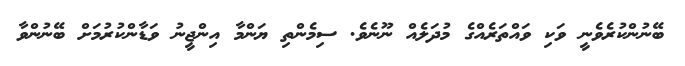
ބޭނުންކުރެވެނީ ވަކި ވައްތަރެއްގެ މުދަލެއް ނޫނެވެ. ސިމެންތި ޔަންމާ އިންޖީނު ވަޑާންކުރުމަށް ބޭނުންވާ